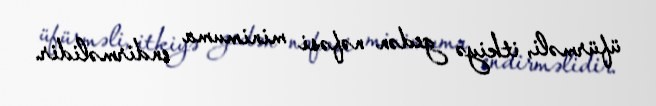
üfürməli, itkiyə gedən nəfəsi minimuma endirməlidir.